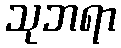
သုဘရာ